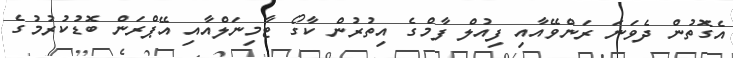
އެގޮތުން ދެވަނަ ރަންވޭއާއި ފިއުލް ފާމްގެ އިތުރުން ކާގޯ ޓާމިނަލްއާއި އޭޕްރަން ބޮޑުކުރުމުގެ